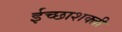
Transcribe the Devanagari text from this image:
ईच्छाशक्ती